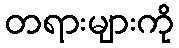
တရားများကို